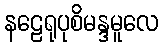
နဠေရုပုစိမန္ဒမူလေ